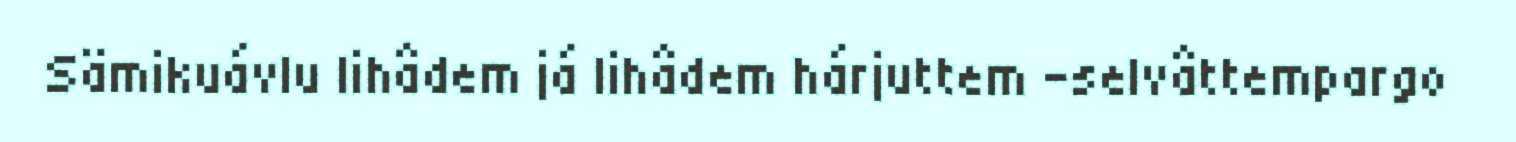
Sämikuávlu lihâdem já lihâdem hárjuttem -selvâttempargo